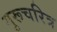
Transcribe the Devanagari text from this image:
गुरूचरित्र